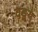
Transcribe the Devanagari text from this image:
वङ्मय्